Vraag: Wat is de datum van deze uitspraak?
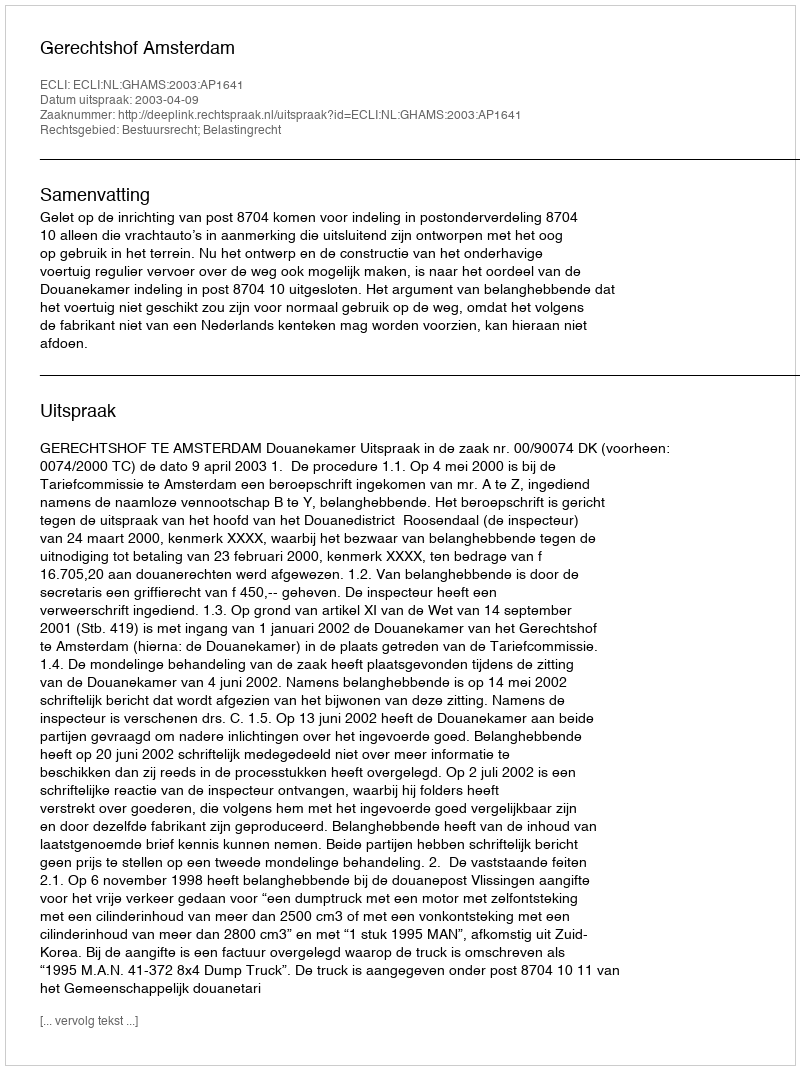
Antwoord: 2003-04-09